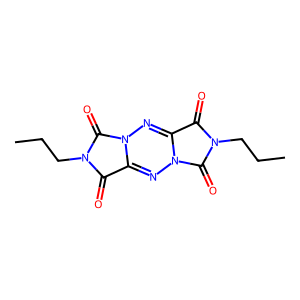
SMILES: CCCn1c(=O)c2nn3c(=O)n(CCC)c(=O)c3nn2c1=O
Inhibits HIV replication: No